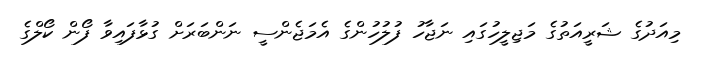
މިއަދުގެ ޝަރީއަތުގެ މަޖިލީހުގައި ނަޖާހު ފުލުހުންގެ އެމަޖެންސީ ނަންބަރަށް ގުޅާފައިވާ ފޯން ކޯލްގެ